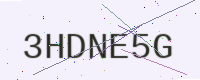
Text: 3HDNE5G